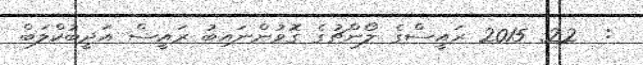
:  22